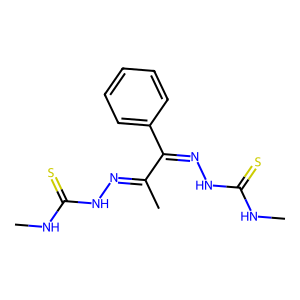
SMILES: CNC(=S)NN=C(C)C(=NNC(=S)NC)c1ccccc1
Inhibits HIV replication: No